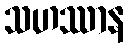
သဟဿာန